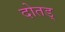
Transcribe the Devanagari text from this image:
दोतड्